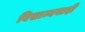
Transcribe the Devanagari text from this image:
विसाम्यवादी